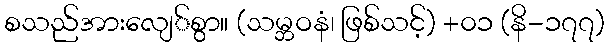
စသည်အားလျေ်စွာ။ (သမ္ဘဝနံ၊ ဖြစ်သင့်) +၀၁ (နိ-၁၇၇)